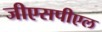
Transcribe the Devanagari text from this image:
जीएसपीएल